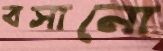
বসানো